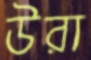
উরা